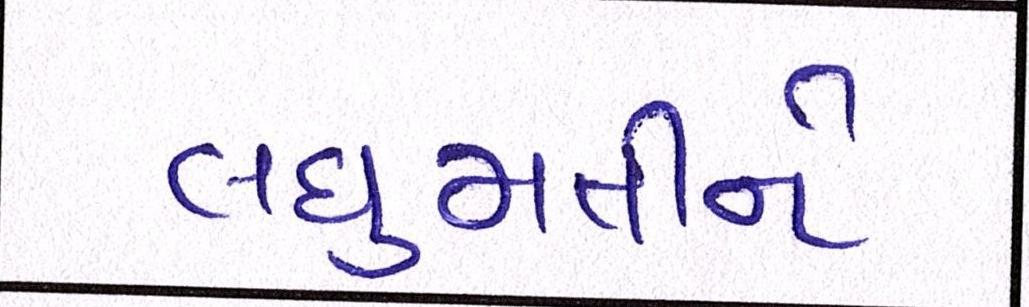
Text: લઘુમતીને